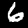
Digit: 6